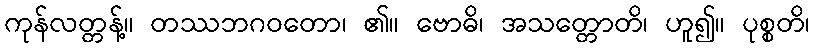
ကုန်လတ္တန့်။ တဿဘဂဝတော၊ ၏။ ဗောဓိ၊ အသတ္တောတိ၊ ဟူ၍။ ပုစ္စတိ၊